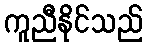
ကူညီနိုင်သည်